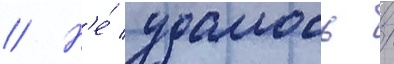
// Н'е́ удалось /